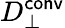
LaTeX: D_{\perp}^{\mathsf{conv}}